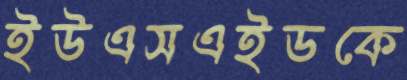
ইউএসএইডকে